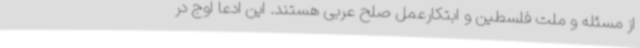
از مسئله و ملت فلسطین و ابتکارعمل صلح عربی هستند. این ادعا اوج در